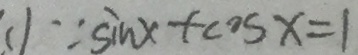
( 1 \because \sin x + \cos x = 1